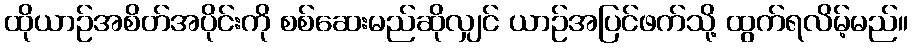
ထိုယာဉ်အစိတ်အပိုင်းကို စစ်ဆေးမည်ဆိုလျှင် ယာဉ်အပြင်ဖက်သို့ ထွက်ရလိမ့်မည်။